Lock hospitals Punjab
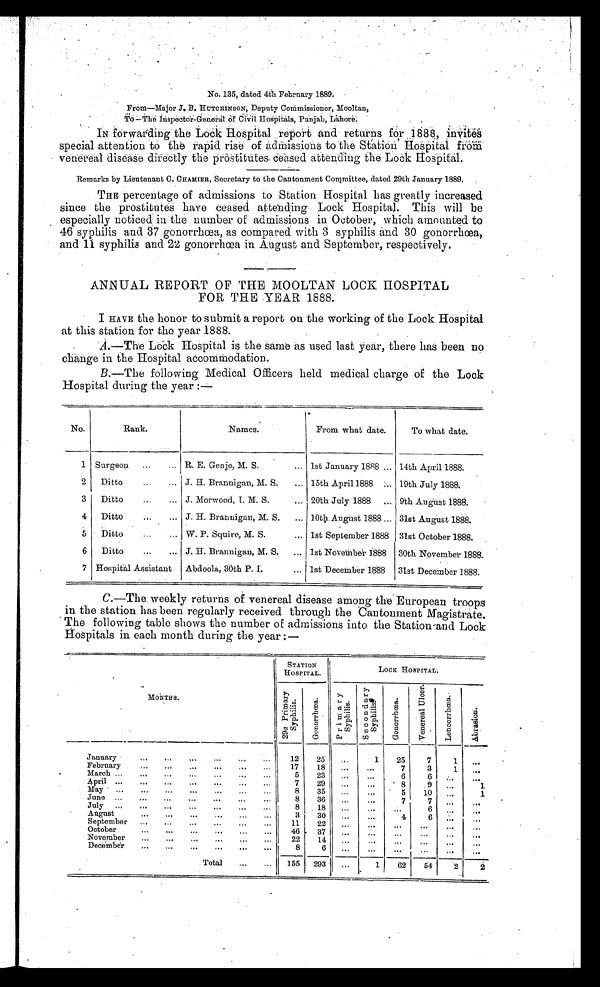
No. 135. dated 4th February 1889.
From—Major 13. HUTCHINSON, Deputy Commissioner, Mooltan,
To— The Inspector-General Civil Hospitals, Punjab, Lahore.
IN f orwarding the Lock Hospital report and returns for 1888, invit
e s s p e c i a l a t t e n t i o n t o t h e r a p i d r i s e o f a d m i s s i o n s t o t h e S t a t i o n H o s p i t a l f r o n d
venereal disease directly the prostitutes. ceased attending the Lock Hospital.
Remarks by Lieutenant C. c HAMIER, Secretary to the Cantonment Committee, dated 29th January 1889.
THE percentage of admissions to Station Hospital has greatly increased
since the prostitutes have ceased attending Lock Hospital. This will be
especially noticed in the number of admissions in October, which amounted to
46 syphilis and 37 gonorrhœa, as compared with 3 syphilis and 30 gonorrhœa,
and 11 syphilis and 22 gonorrhœa in August and September, respectively.
ANNUAL REPORT OF THE MOOLTAN LOCK HOSPITAL
FOR THE YEAR 1888.
I HAVE the honor to submit a report on the working of the Lock Hospital
at this station for the year 1888.
A.—The Lock Hospital is the same as used last year, there has been no
change in the Hospital accommodation.
B.—The following Medical Officers held medical charge of the Lock
Hospital during the year :—
No.
Rank.
Names.
From what date.
To what date.
1 Surgeon
...
... R. E. Genje, M. S.
... 1st January 1888 ... 14th April 1888.
2
Ditto
...
... J. H. Brannigan, M. S.
... 15th April 1888
. 19th July 1888:
3
Ditto
...
... J. Morwood, I. M. S.
... 20th July 1888
... 9th August 1888.
4
Ditto
. . .
. . . J. H. Brannigan, M. S.
. . . 10th. August 1888 ... 31st August 1888.
5
Ditto
...
... W. P. Squire, M. S.
... 1st September 1888 31st October 1888.
6
Ditto
... J. H. Brannigan, M. S.
... 1st November 1888
30th November 1888.
7 Hospital Assistant
Abdoola, 30th P. 1.
... 1st December 1888
31st December 1888.
C.—The weekly returns of venereal disease among the European troops
in the station has been regularly received through the Cantonment Magistrate.
The following table shows the number of admissions into the Station-and Lock
Hospitals in each month during the year :—
MONTHS.
STATION
HOSPITAL.
LOcK HOSPITAL.
2 9 a P r i m a r y S y p h i l i s .
G o n o r r h œ a .
P r i m a r y S y p h i l i s .
S e c o n d a r y S y p h i l i s .
G o n o r r h œ a .
V e n e r e a l U l c e a r .
L e n c o r r h œ a .
A b r a s i o n .
January...
. . .
. . . . . .
...
...
12
25
. . .
1
25
7
1
February
. . .
. . .
. . .
. . . ...
17
18
..,
.,
7
3
1 .
March ..,
. . .
...
5
23
„,
6
April ...
...
...
...
...
...
7
29
...
...
8
9
May ...
. . .
...
. . .
. . .
. . .
8
35
...
...
5 i10
1
June ...
. . .
...
. . .
. . .
. . .
8
36
...
7
..,
July ...
. . .
. . .
. . .
. . .
. . .
. . .
8 _ 18
. . .
...
6
..
..
August...
. . .
...
.,.
...
3
30
...
...
4
6
September... . . .
. . .
. . .
. . .
. . .
11
22
...
...
...
...
...
..,
..
October...
...
...
..,
...
...
46
37
...
—
...
.
November ...
. . .
. . .
. . .
. . .
. . .
. . .
22
14
...
.
.
Decem ber...
. . .
...
...
. . .
...
. . .
8
6
...
. . .
...
...
. . . ...
Total
...
. . . 155 293
. . .
1
62
54
2
2